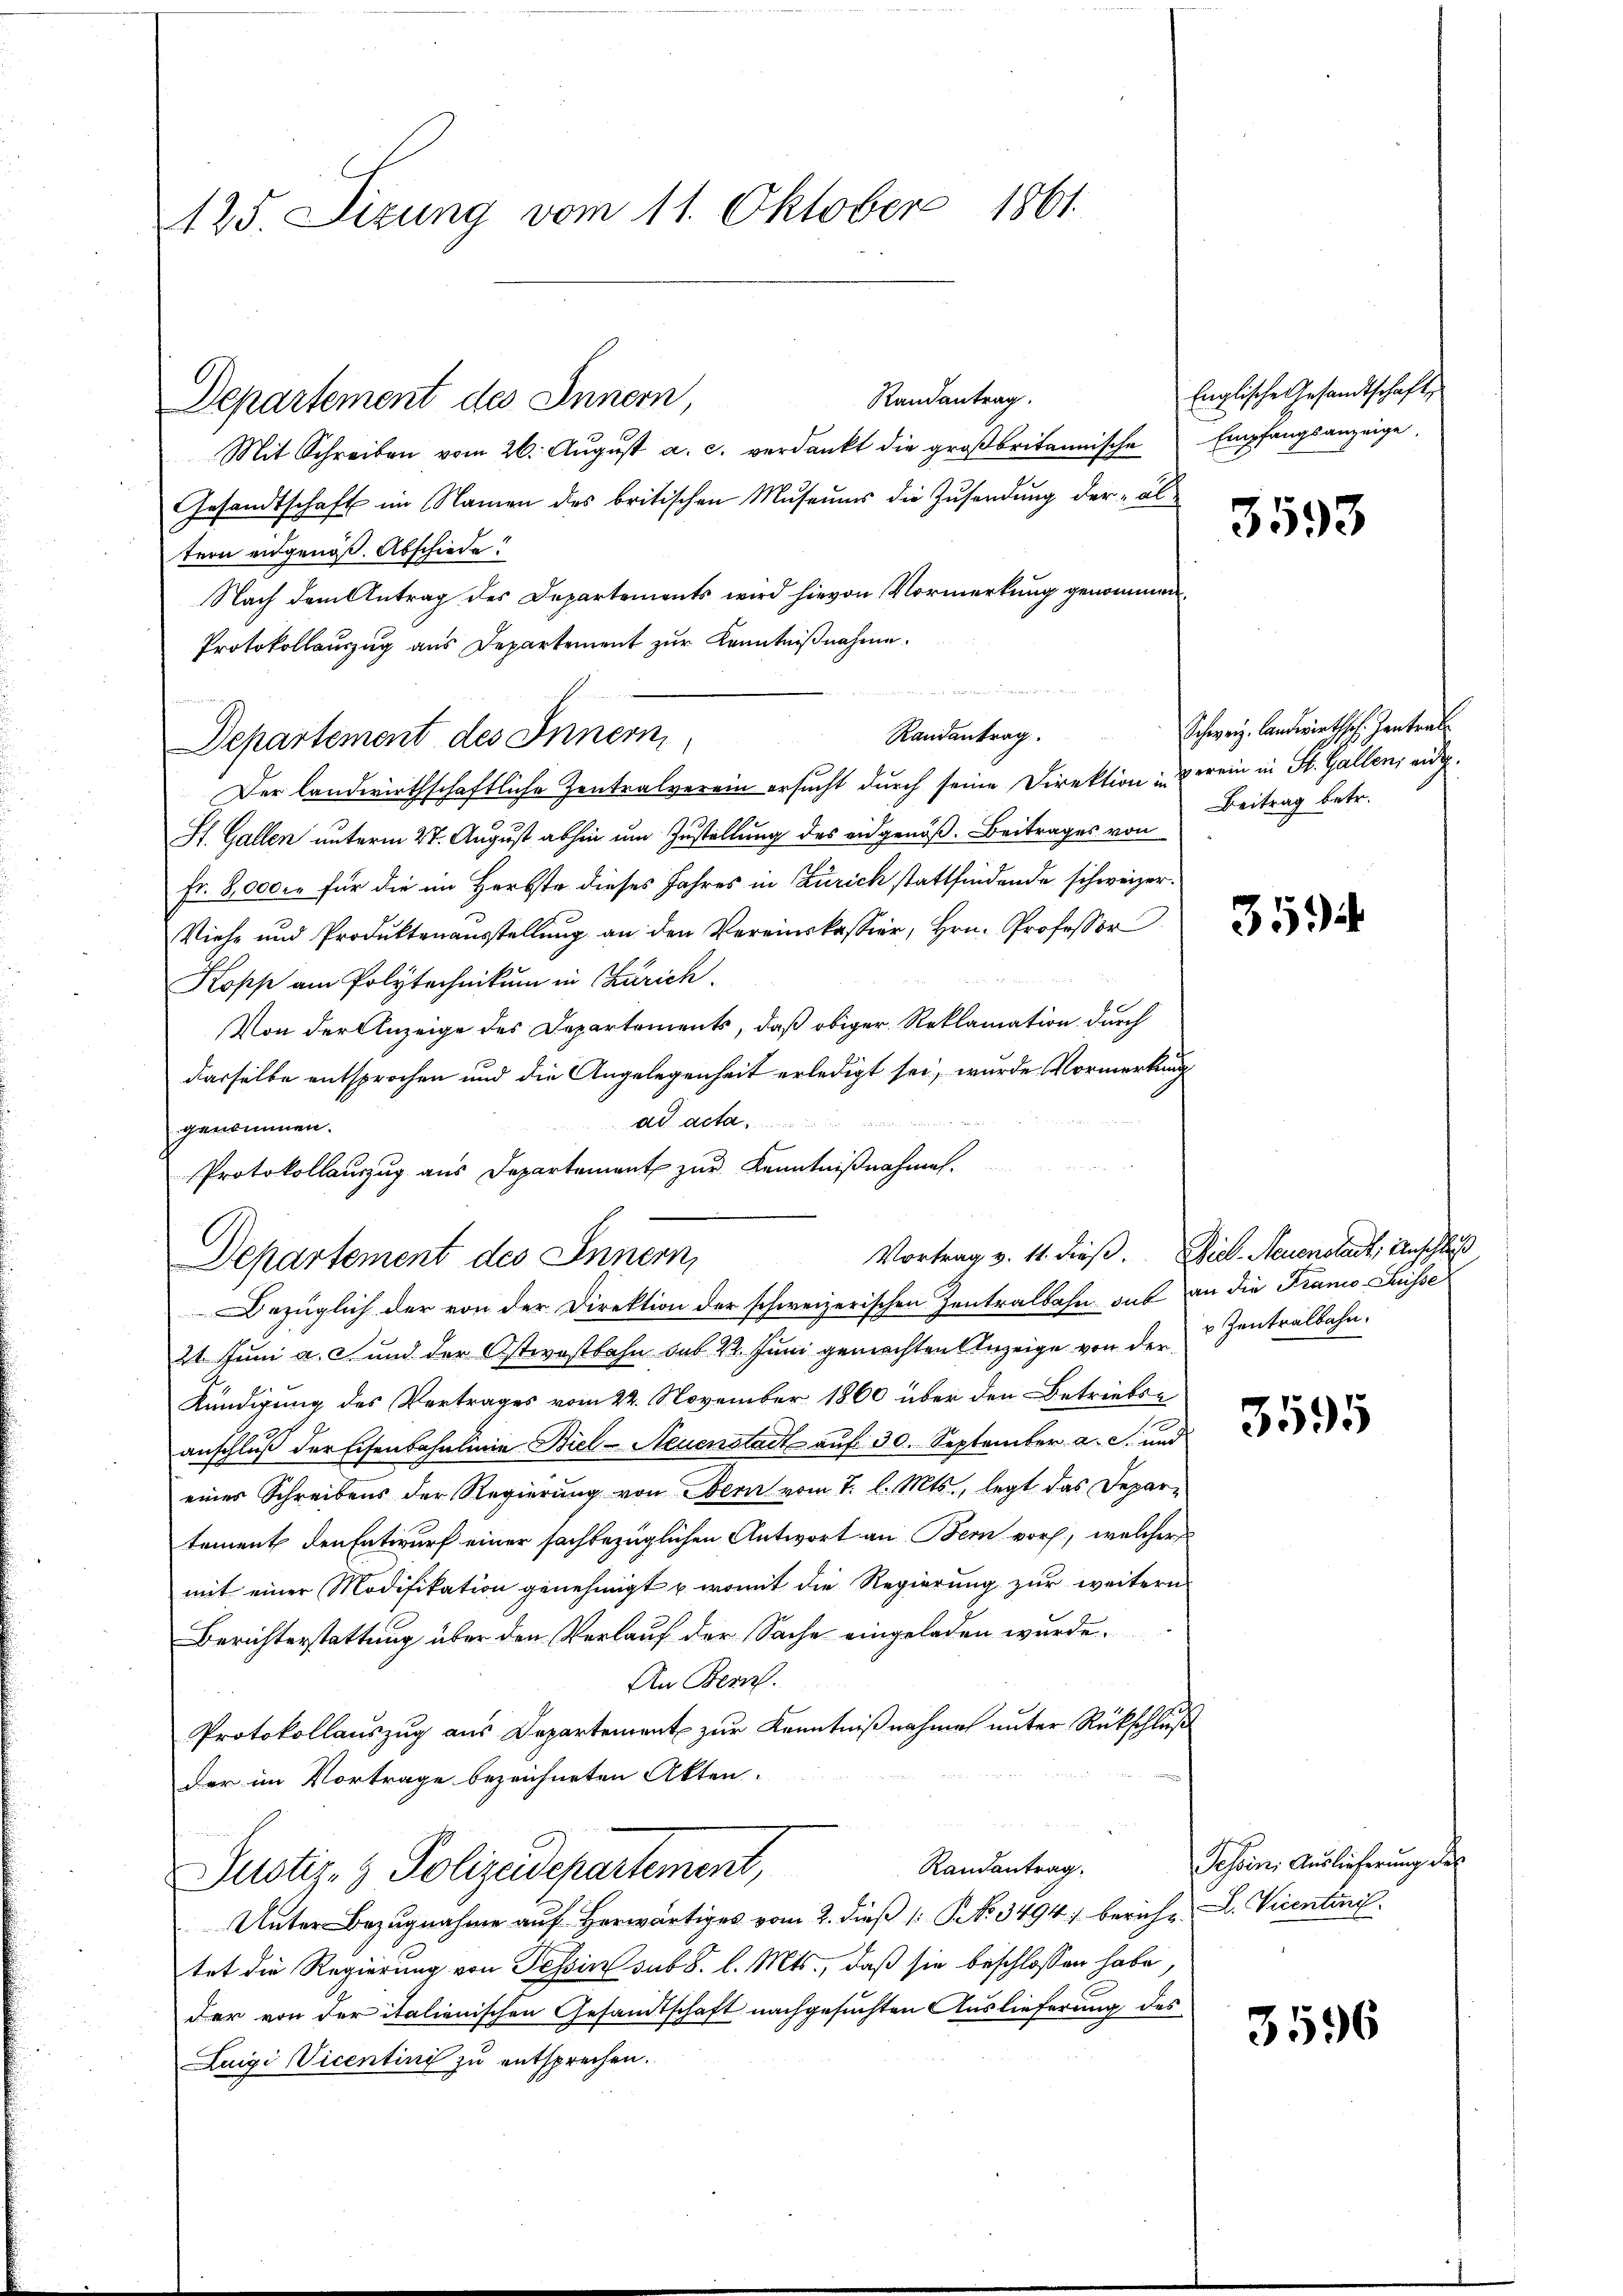
425. Sizung vom 11. Oktober 1861.

Departement des Innern

Mit Schreiben vom 26. Aŭgŭst a. c. verdankt die groβbritannische Empfangsanzeige.
Gesandtschaft im Namen des britischen Museums die Zusendung der al
tern eidgenöß. Abschiede!
Nach dem Antrag des Departements wird hievon Vormerkung genommen
Protokollauszug aus Departement zur Kenntnißnahme.
Der landwirthschaftliche Zentralverein ersucht durch seine Direktion derein in St. Gallen, eidg.
St. Gallen unterm 27. August abhin um Zustellung des eidgenoß. Beitrages von
Fr. 8,000 für die im Herbste dieses Jahres in Zürich stattfindende schweizer¬
Viehe und Produktenausstellung an den Vereinskassier, Hrn. Professor
Kops am Polytechnikum in Zürich.
Von der Anzeige des Departements, daß obiger Reklamation durch
dasselbe entsprochen und die Angelegenheit erledigt sei, wurde Vormerkung
ad acta
genommen.
Protokollauszug aus Departement zur Kenntnißnahmen.
21. Juni a. c. und der Ostwostbahn sub 22. Juni gemachten Anzeige von der Zentralbahn.
Kündigung des Vertrages vom 22. November 1860 über den Betriebse
anschluß der Eisenbahnlinie Biel - Neuenstadt auf 30. September a. c. und
eines Schreibens der Regierung von Obern vom 7. l. Mts., legt das Departement den Entwurf einer sachbezüglichen Antwort an Bern vor, welcher
mit einer Modifikation genehmigt u. womit die Regierung zur weitern
Berichterstattung über den Verlauf der Sache eingeladen wurde.
An Bern.
Protokollauszug aus Departement zur Kenntnißnahme unter Rückschluß
der im Vortrage bezeichneten Akten.
Randantrag.
Justiz- & Polizeidepartement,
Unter Bezugnahme auf herwärtiges vom 2. dieß (: NNo. 3494 bericht L. Vicentini
tet die Regierung von Tessin sub 8. l. Mts., daß sie beschlossen habe,
der von der italienischen Gesandtschaft nachgesuchten Auslieferung des
Luigi VVicentini zu entsprechen.

Departement des Innern,

Departement des Innern,
Bezüglich der von der Direktion der schweizerischen Zentralbahn das an die Frano Suisse

Randantrag.

Englische Gesandtschaft,

Vortrag v. 11. dieß. Biel Neuenstadt, Anschluß

3593

Schweiz. Landwirths. Zentral
Beitrag betr.

3594

3595

Jessen. Auslicherung des

3596